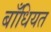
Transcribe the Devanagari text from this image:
बाँधियत